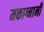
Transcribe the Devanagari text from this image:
मकाग्नानी